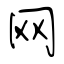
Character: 网